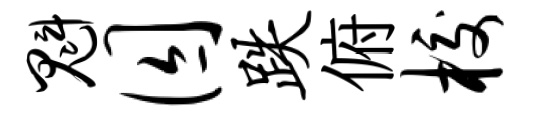
魁囚跌俯校